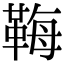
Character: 𩊱